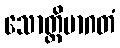
သောတ္ထိမာဂတံ